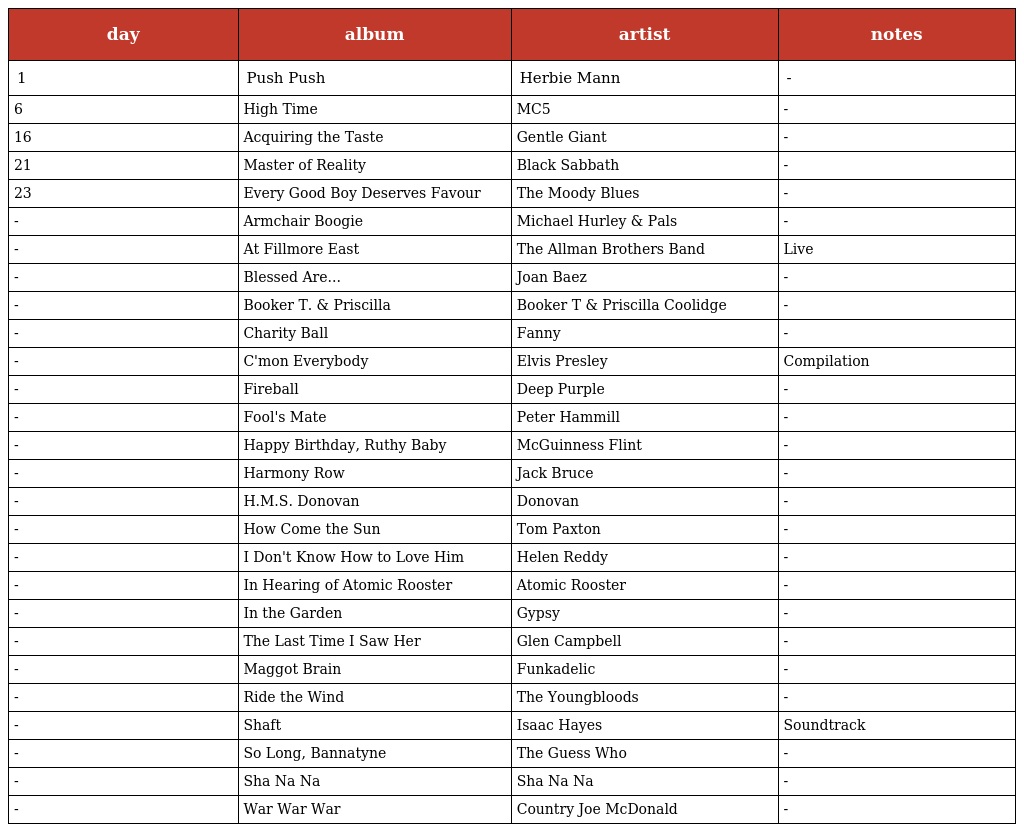
| day | album | artist | notes |
 | --- | --- | --- | --- |
 | 1 | Push Push | Herbie Mann | - |
 | 6 | High Time | MC5 | - |
 | 16 | Acquiring the Taste | Gentle Giant | - |
 | 21 | Master of Reality | Black Sabbath | - |
 | 23 | Every Good Boy Deserves Favour | The Moody Blues | - |
 | - | Armchair Boogie | Michael Hurley & Pals | - |
 | - | At Fillmore East | The Allman Brothers Band | Live |
 | - | Blessed Are... | Joan Baez | - |
 | - | Booker T. & Priscilla | Booker T & Priscilla Coolidge | - |
 | - | Charity Ball | Fanny | - |
 | - | C'mon Everybody | Elvis Presley | Compilation |
 | - | Fireball | Deep Purple | - |
 | - | Fool's Mate | Peter Hammill | - |
 | - | Happy Birthday, Ruthy Baby | McGuinness Flint | - |
 | - | Harmony Row | Jack Bruce | - |
 | - | H.M.S. Donovan | Donovan | - |
 | - | How Come the Sun | Tom Paxton | - |
 | - | I Don't Know How to Love Him | Helen Reddy | - |
 | - | In Hearing of Atomic Rooster | Atomic Rooster | - |
 | - | In the Garden | Gypsy | - |
 | - | The Last Time I Saw Her | Glen Campbell | - |
 | - | Maggot Brain | Funkadelic | - |
 | - | Ride the Wind | The Youngbloods | - |
 | - | Shaft | Isaac Hayes | Soundtrack |
 | - | So Long, Bannatyne | The Guess Who | - |
 | - | Sha Na Na | Sha Na Na | - |
 | - | War War War | Country Joe McDonald | - |